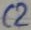
Text: C2